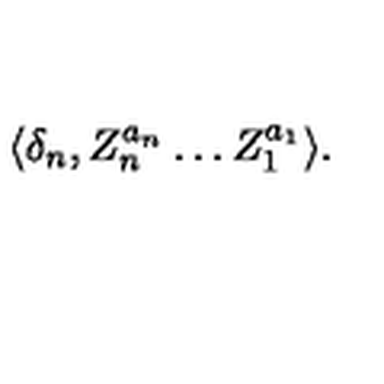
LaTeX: \langle \delta _ { n } , Z _ { n } ^ { a _ { n } } \ldots Z _ { 1 } ^ { a _ { 1 } } \rangle .